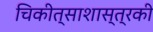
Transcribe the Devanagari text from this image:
चिकीत्साशास्त्रकी